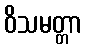
ဝိသမတ္တာ